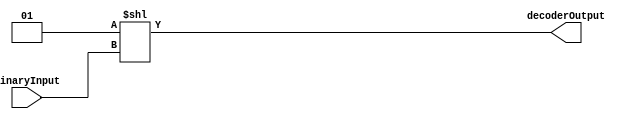
// 5 to 32 Decoder (DeMUX) - created by Deva

module decoder5to32 (binaryInput, decoderOutput);

parameter IN = 5;
parameter OUT = 32;

input [IN-1:0] binaryInput;
output [OUT-1:0] decoderOutput;

assign decoderOutput = (1 << binaryInput);

endmodule